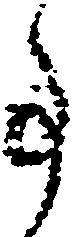
事